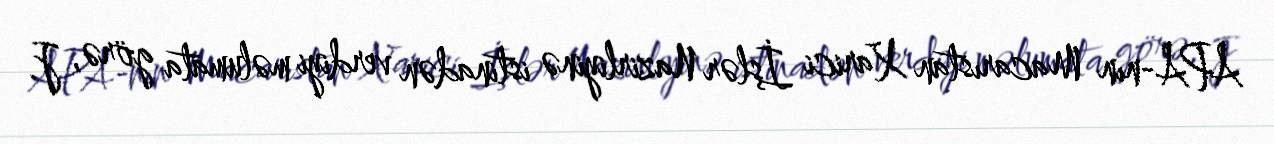
APA-nın Macarıstan Xarici İşlər Nazirliyinə istinadən verdiyi məlumata görə, J.